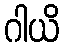
ဂါယိ